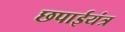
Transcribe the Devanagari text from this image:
छपाईयंत्र